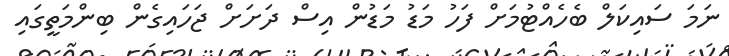
ނަމަ ސައިކަލް ބެހެއްޓުމަށް ފަހު މަޑު މަޑުން އިސް ދަށަށް ޖަހައިގެން ބިންމަތީގައި